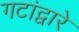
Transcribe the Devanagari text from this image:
गटांद्वारे